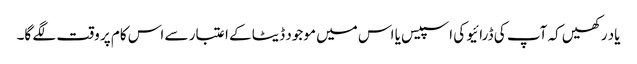
یاد رکھیں کہ آپ کی ڈرائیو کی اسپیس یا اس میں موجود ڈیٹا کے اعتبار سے اس کام پر وقت لگے گا۔